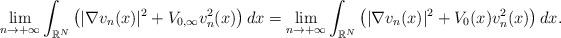
LaTeX: \begin{align*} \displaystyle\lim_{n \to +\infty}\int_{\mathbb{R}^N}\left(|\nabla v_n(x)|^2+V_{0,\infty}v^2_n(x)\right)dx = \lim_{n \to +\infty}\int_{\mathbb{R}^N}\left(|\nabla v_n(x)|^2+V_0(x)v^2_n(x)\right)dx. \end{align*}